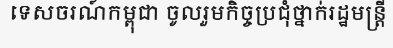
ទេសចរណ៍កម្ពុជា ចូលរួមកិច្ចប្រជុំថ្នាក់រដ្ឋមន្ត្រី